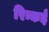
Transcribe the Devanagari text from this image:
रिन्कई